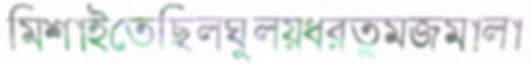
মিশাইতেছিলঘুলয়ধরতুমজমালা